Account of plague administration in the Bombay Presidency from September 1896 till May 1897
Year: 1896
Disease focus: Plague
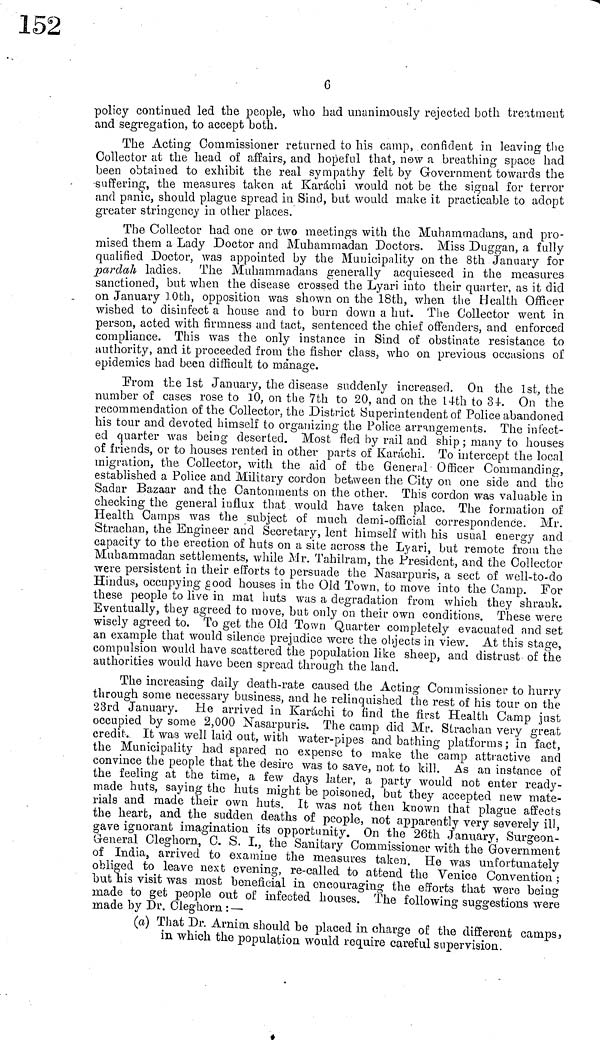
6
policy continued led the people, who had unanimously rejected both treatment
and segregation, to accept both.
The Acting Commissioner returned to his camp, confident in leaving the
Collector at the head of affairs, and hopeful that, now a breathing space had
been obtained to exhibit the real sympathy felt by Government towards the
suffering, the measures taken at Karachi would not be the signal for terror
and panic, should plague spread in Sind, but would make it practicable to adopt
greater stringency in other places.
The Collector had one or two meetings with the Muharnmadans, and pro-
mised them a Lady Doctor and Muhammadan Doctors. Miss Duggan, a fully
qualified Doctor, was appointed by the Municipality on the 8th January for
pardah ladies. The Muhammadans generally acquiesced in the measures
sanctioned, but when the disease crossed the Lyari into their quarter, as it did
on January 10th, opposition was shown on the 18th, when, the Health Officer
wished to disinfect a house and to burn down a hut. The Collector went in
person, acted with firmness and tact, sentenced the chief offenders, and enforced
compliance. This was the only instance in Sind of obstinate resistance to
authority, and it proceeded from the fisher class, who on previous occasions of
epidemics had been difficult to manage.
From the 1st January, the disease suddenly increased. On the 1st, the
number of cases rose to 10, on the 7th to 20, and on the 14th to 34. On the
recommendation of the Collector, the District Superintendent of Police abandoned
Ms tour and devoted himself to organizing the Police arrangements. The infect-
ed quarter was being deserted. Most fled by rail and ship ; many to houses
of friends, or to houses rented in other parts of Karachi. To intercept the local
migration, the Collector, with the aid of the General Officer Commanding,
established a Police and Military cordon between the City on one side and the
Sadar Bazaar and the Cantonments on the other. This cordon was valuable in
checking the general influx that would have taken place. The formation of
Health Camps was the subject of much demi-official correspondence. Mr.
Strachan, the Engineer and Secretary, lent himself with his usual energy and
capacity to the erection of huts on a site across the Lyari, but remote from the
Muhammadan settlements, while Mr. Tahilram, the President, and the Collector
were persistent in their efforts to persuade the Nasarpuris, a sect of well-to-do
Hindus, occupying good houses in the Old Town, to move into the Camp. For
these people to live in mat huts was a degradation from which they shrank.
Eventually, they agreed to move, but only on their own conditions. These were
wisely agreed to. To get the Old Town Quarter completely evacuated and set
an example that would silence prejudice were the objects in view. At this stage,
compulsion would have scattered the population like sheep, and distrust of the
authorities would have been spread through the land.
The increasing daily death-rate caused the Acting Commissioner to hurry
through some necessary business, and he relinquished the rest of his tour on the
23rd January. He arrived in Karachi to find the first Health Camp just
occupied by some 2,000 Nasarpuris. The camp did Mr. Strachan very great
credit. It was well laid out, with water-pipes and bathing platforms ; in fact,
the Municipality had spared no expense to make the camp attractive and
convince the people that the desire was to save, not to kill. As an instance of
the feeling at the time, a few days later, a party would not enter ready-
made huts, saying the huts might be poisoned, but they accepted new mate-
rials and made their own huts. It was not then known that plague affects
the heart, and the sudden deaths of people, not apparently very severely ill,
gave ignorant imagination its opportunity. On the 26th January. Surgeon-
General Cleghorn, C. S. I., the Sanitary Commissioner with the Government
of India, arrived to examine the measures taken. He was unfortunately
obliged to leave next evening, re-called to attend the Venice Convention;
but his visit was most beneficial in encouraging the efforts that were being
made to get people out of infected houses, the following suggestions were
made by Dr. Cleghorn :-
(a) That Dr. Arnim should be placed in charge of the different camps,
in which the population would require careful supervision.